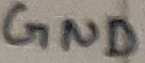
Text: GND